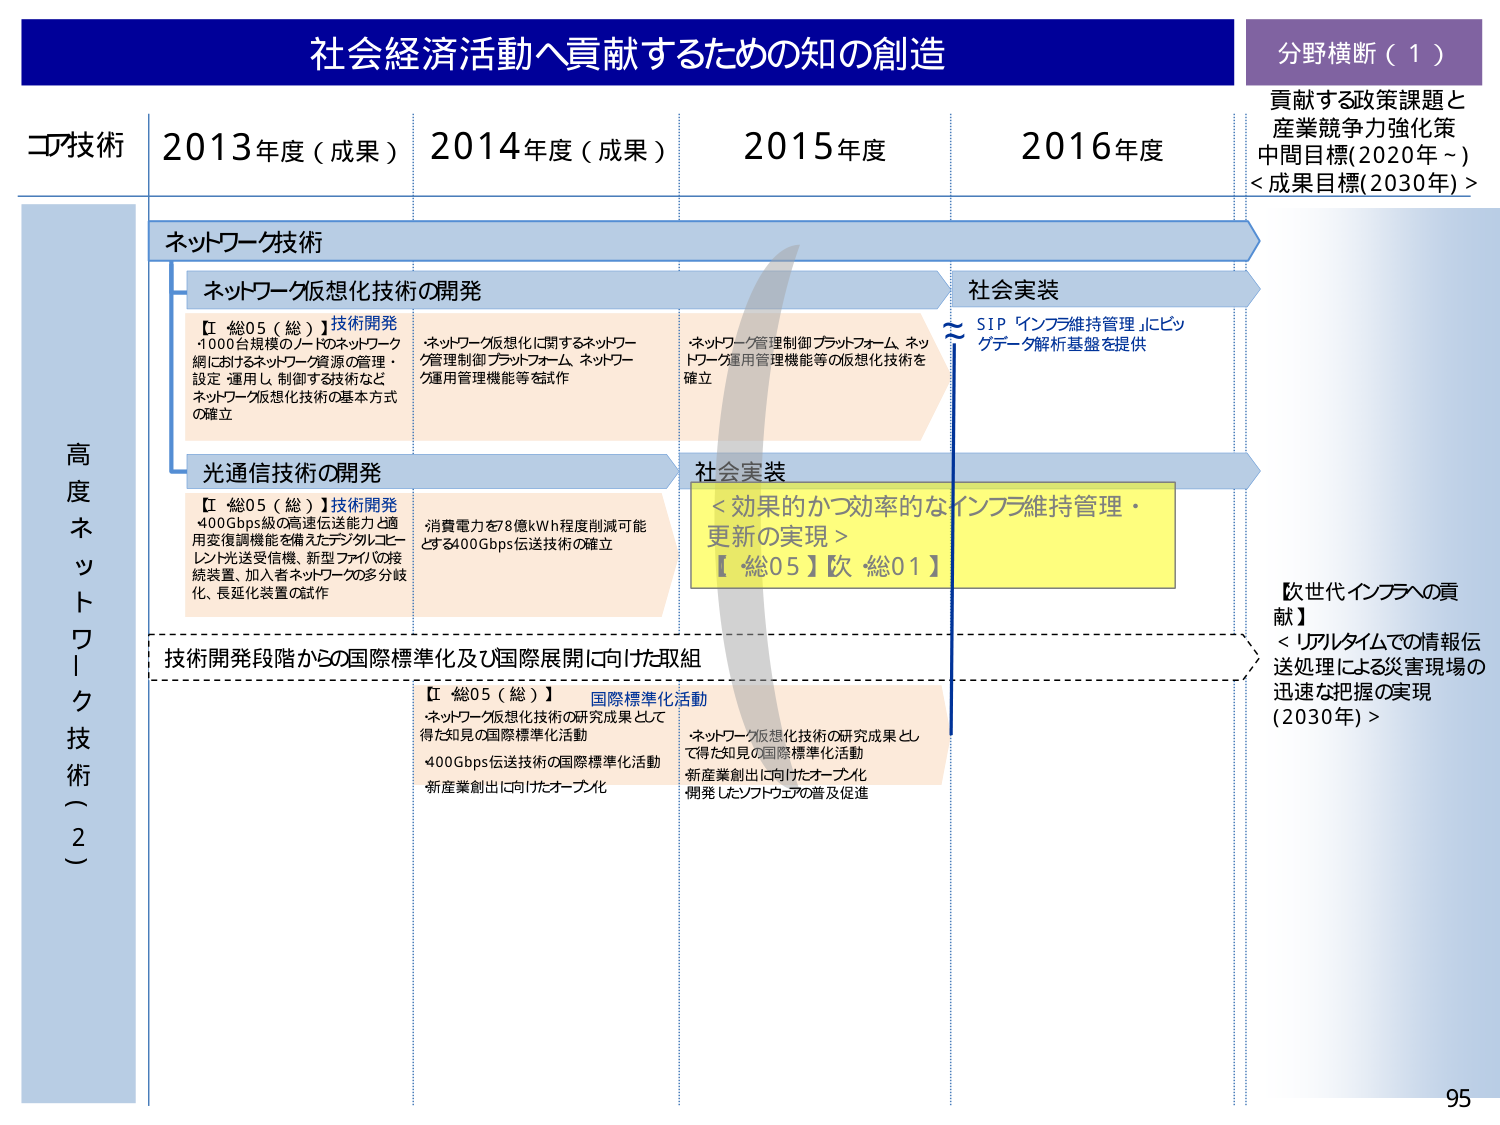
社会経済活動へ貢献するための知の創造
分野横断（1）
貢献する政策課題と産業競争力強化策
中間目標（2020年～）
＜成果目標（2030年）＞

コア技術
2013年度（成果）
2014年度（成果）
2015年度
2016年度

高度ネットワーク技術（2）

ネットワーク技術
ネットワーク仮想化技術の開発
【総05（総）】技術開発
・1000台規模のノードのネットワーク網におけるネットワーク資源の管理・設定・運用し、制御する技術などネットワーク仮想化技術の基本方式の確立
・ネットワーク仮想化に関するネットワーク管理制御プラットフォーム、ネットワーク運用管理機能等を試作
・ネットワーク管理制御プラットフォーム、ネットワーク運用管理機能等の仮想化技術を確立
社会実装
≈ SIP「インフラ維持管理」にビッグデータ解析基盤を提供

光通信技術の開発
【総05（総）】技術開発
・400Gbps級の高速伝送能力と適用変復調機能を備えたデジタルコヒーレント光送受信機、新型ファイバの接続装置、加入者ネットワークの多分岐化、長延化装置の試作
・消費電力を78億kWh程度削減可能とする400Gbps伝送技術の確立
社会実装
＜効果的かつ効率的なインフラ維持管理・更新の実現＞
【総05】欧 総01

技術開発段階からの国際標準化及び国際展開に向けた取組
【総05（総）】国際標準化活動
・ネットワーク仮想化技術の研究成果として得た知見の国際標準化活動
・400Gbps伝送技術の国際標準化活動
・新産業創出に向けたオープン化
・ネットワーク仮想化技術の研究成果として得た知見の国際標準化活動
・新産業創出に向けたオープン化
・開発したソフトウェアの普及促進

【次世代インフラへの貢献】
＜リアルタイムでの情報伝送処理による災害現場の迅速な把握の実現（2030年）＞

95